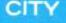
CITY